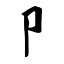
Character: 卩